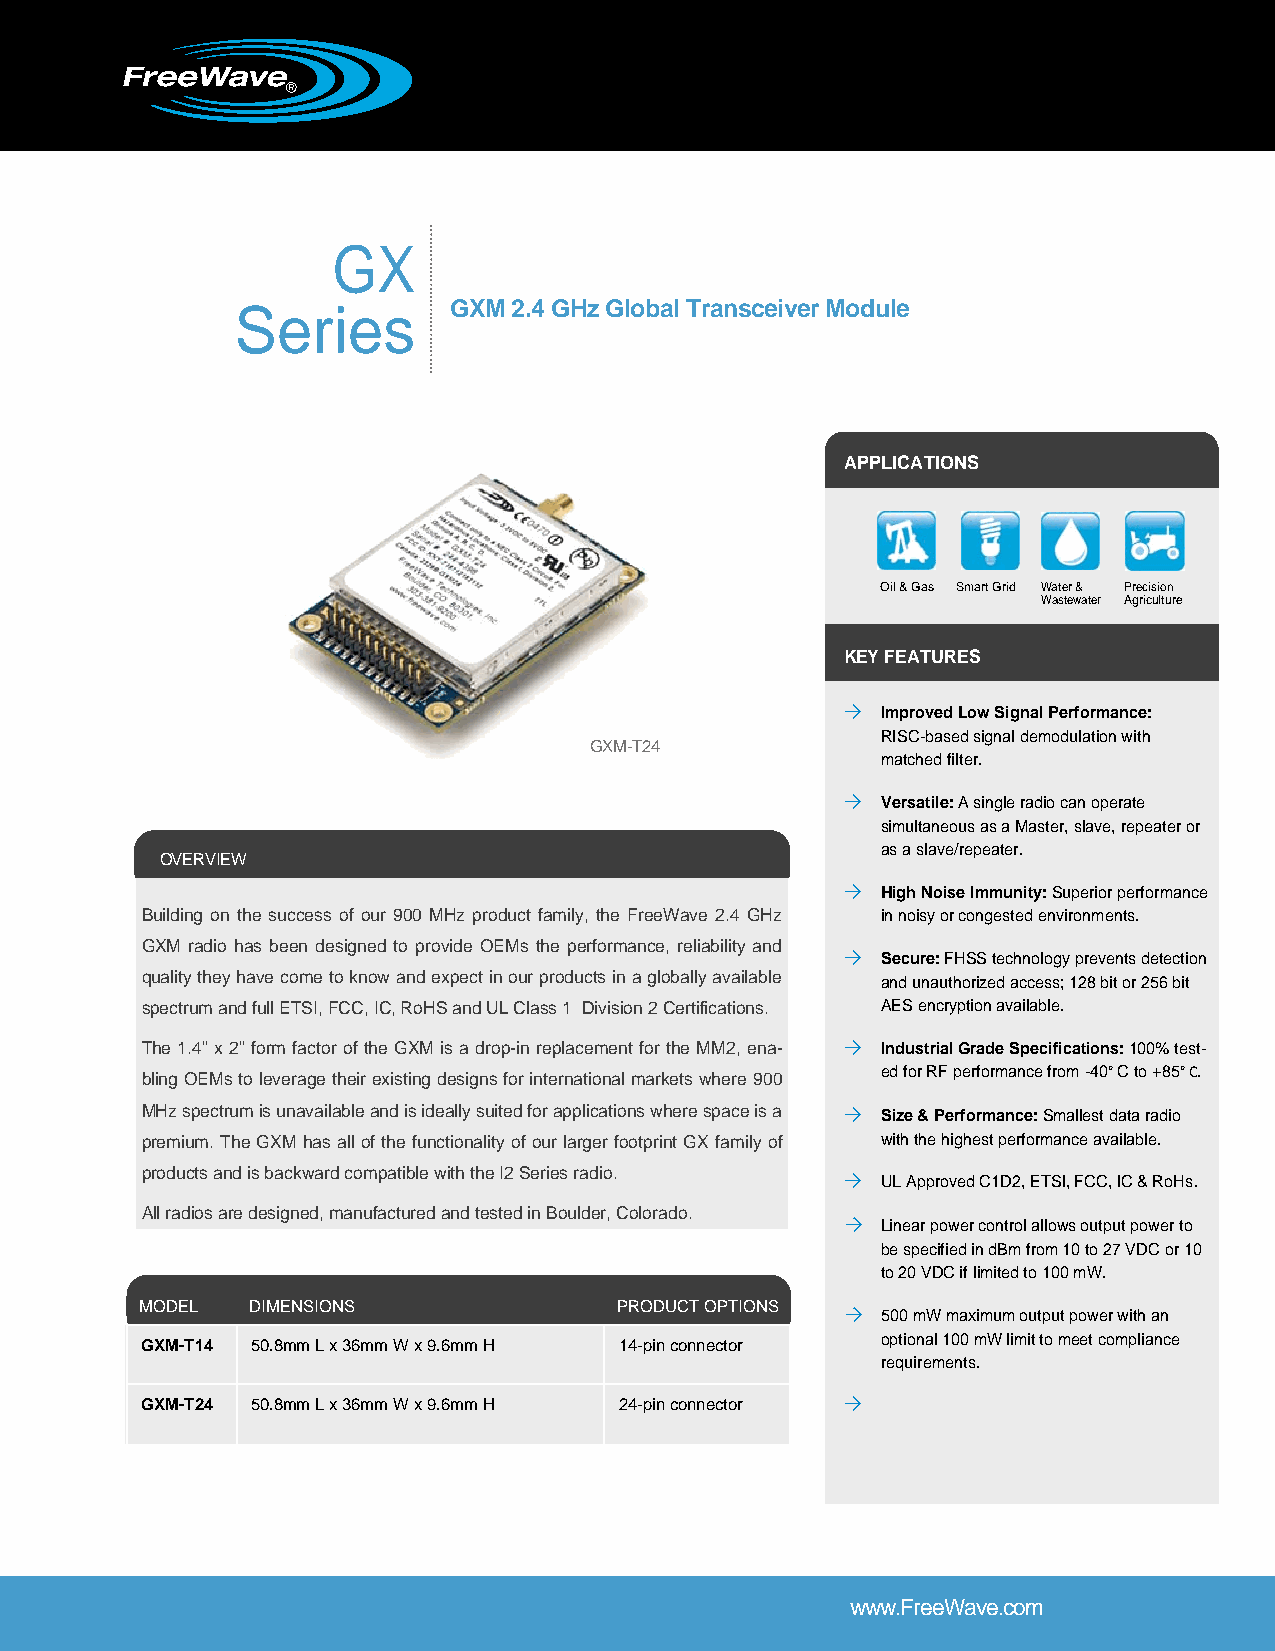
GX
 Series        GXM 2.4 GHz Global Transceiver Module
 APPLICATIONS
 Oil & Gas Smart Grid Water & Precision
 Wastewater Agriculture
 KEY FEATURES
 → Improved Low Signal Performance:
 RISC-based signal demodulation with
 GXM-T24
 matched filter.
 → Versatile: A single radio can operate
 simultaneous as a Master, slave, repeater or
 as a slave/repeater.
 OVERVIEW
 → High Noise Immunity: Superior performance
 Building on the success of our 900 MHz product family, the FreeWave 2.4 GHz in noisy or congested environments.
 GXM radio has been designed to provide OEMs the performance, reliability and
 → Secure: FHSS technology prevents detection
 quality they have come to know and expect in our products in a globally available and unauthorized access; 128 bit or 256 bit
 spectrum and full ETSI, FCC, IC, RoHS and UL Class 1 Division 2 Certifications. AES encryption available.
 The 1.4” x 2” form factor of the GXM is a drop-in replacement for the MM2, ena- → Industrial Grade Specifications: 100% test-
 ed for RF performance from -40° C to +85° C.
 bling OEMs to leverage their existing designs for international markets where 900
 MHz spectrum is unavailable and is ideally suited for applications where space is a → Size & Performance: Smallest data radio
 premium. The GXM has all of the functionality of our larger footprint GX family of with the highest performance available.
 products and is backward compatible with the I2 Series radio.
 → UL Approved C1D2, ETSI, FCC, IC & RoHs.
 All radios are designed, manufactured and tested in Boulder, Colorado.
 → Linear power control allows output power to
 be specified in dBm from 10 to 27 VDC or 10
 to 20 VDC if limited to 100 mW.
 MODEL   DIMENSIONS              PRODUCT OPTIONS
 → 500 mW maximum output power with an
 GXM-T14 50.8mm L x 36mm W x 9.6mm H 14-pin connector optional 100 mW limit to meet compliance
 requirements.
 GXM-T24 50.8mm L x 36mm W x 9.6mm H 24-pin connector →
 www.FreeWave.com